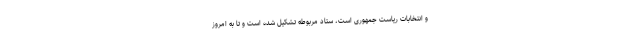
و انتخابات ریاست جمهوری است، ستاد مربوطه تشکیل شده است و تا به امروز